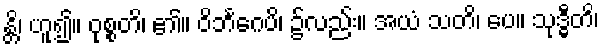
န္တိ၊ ဟူ၍။ ဝုစ္စတိ၊ ၏။ ဝိဘင်္ဂေပိ၊ ၌လည်း။ အယံ သတိ၊ ပေ။ သုဒ္ဓီတိ၊